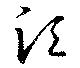
湏